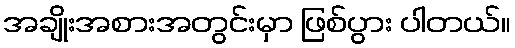
အချိုးအစားအတွင်းမှာ ဖြစ်ပွား ပါတယ်။